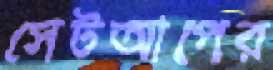
সেটআপের